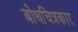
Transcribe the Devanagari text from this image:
बोधचित्रकार